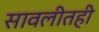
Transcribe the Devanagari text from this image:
सावलीतही